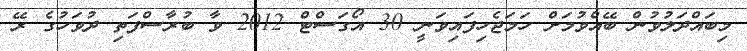
މިބައްދަލުވުން ބޭއްވުމަށް ހަމަޖެހިފައިވަނީ 30 އޯގަސްޓް 2012 ވާ ބުރާސްފަތި ދުވަހުގެ ރޭ